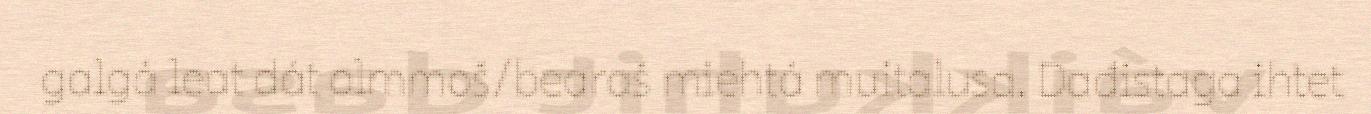
galgá leat dát olmmoš/bearaš miehtá muitalusa. Dađistaga ihtet